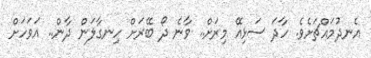
އެނދުމައްޗަށެވެ. ހާދަ ސަޅިއޭ މިރަށް.. ވާނެ ދޯ ބޭރަށް ހިނގާލަން ދާން.. އަވަހަށް